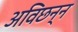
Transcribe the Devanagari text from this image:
अविछन्न